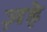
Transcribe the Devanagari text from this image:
ज़ड़े